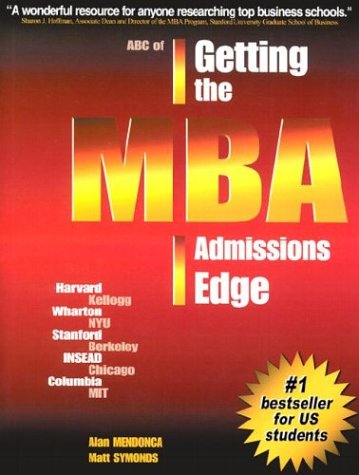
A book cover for ABC of Getting the MBA Admissions Edge; Alan Mendonca; Education & Teaching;